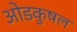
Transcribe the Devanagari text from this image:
ओडकुषल